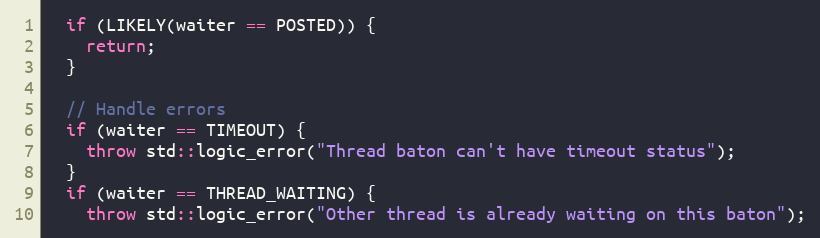
Language: C++
  if (LIKELY(waiter == POSTED)) {
    return;
  }

  // Handle errors
  if (waiter == TIMEOUT) {
    throw std::logic_error("Thread baton can't have timeout status");
  }
  if (waiter == THREAD_WAITING) {
    throw std::logic_error("Other thread is already waiting on this baton");